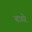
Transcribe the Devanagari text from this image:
बागरे